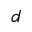
_ d